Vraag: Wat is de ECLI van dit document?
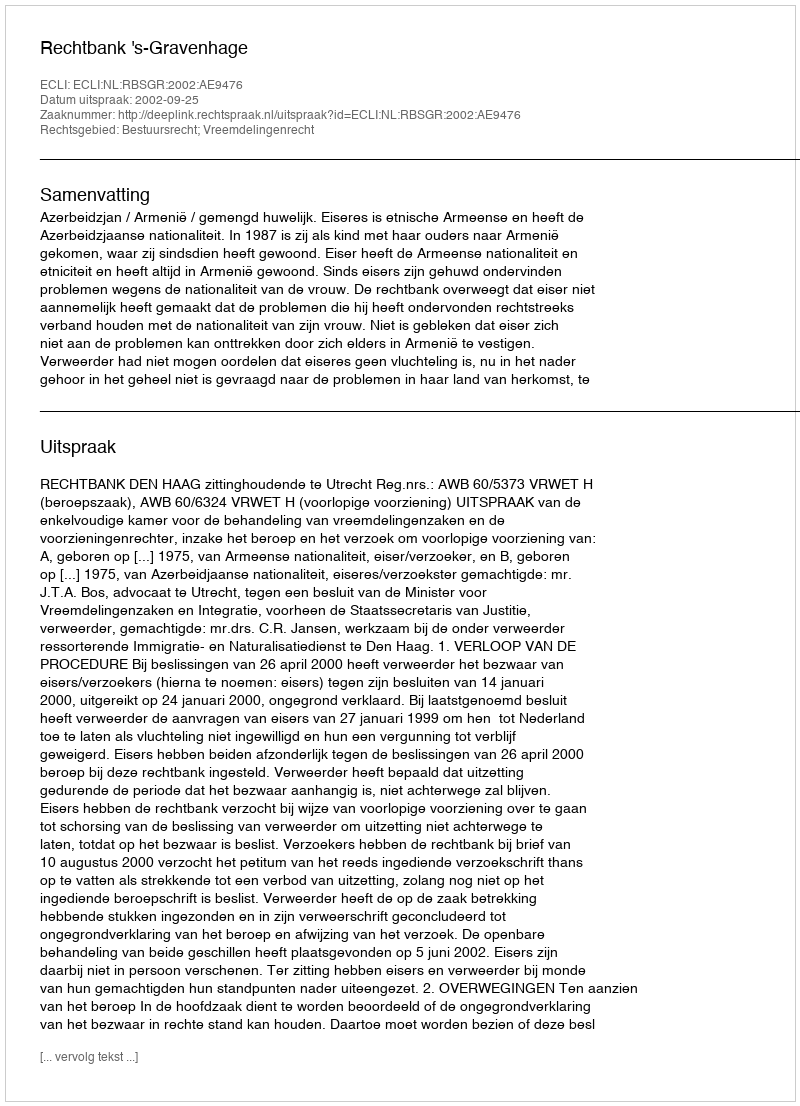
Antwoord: ECLI:NL:RBSGR:2002:AE9476